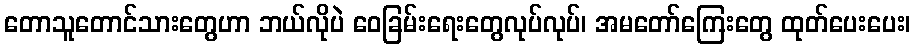
တောသူတောင်သားတွေဟာ ဘယ်လိုပဲ ဝေခြမ်းရေးတွေလုပ်လုပ်၊ အမတော်ကြေးတွေ ထုတ်ပေးပေး၊